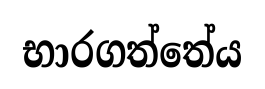
භාරගත්තේය